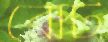
রোট